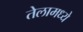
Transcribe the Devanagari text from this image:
तेलामध्ये